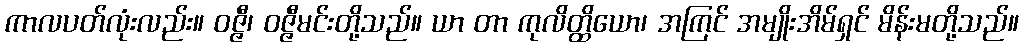
ကာလပတ်လုံးလည်း။ ဝဇ္ဇီ၊ ဝဇ္ဇီမင်းတို့သည်။ ယာ တာ ကုလိတ္ထိယော၊ အကြင် အမျိုးအိမ်ရှင် မိန်းမတို့သည်။